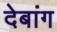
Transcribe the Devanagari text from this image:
देबांग